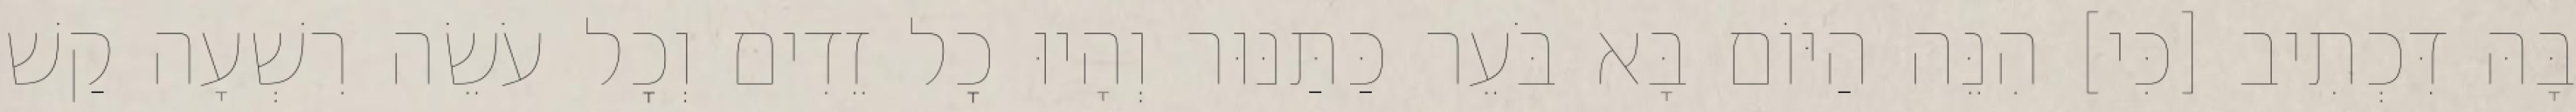
בָּהּ דִּכְתִיב [כִּי] הִנֵּה הַיּוֹם בָּא בֹּעֵר כַּתַּנּוּר וְהָיוּ כׇל זֵדִים וְכׇל עֹשֵׂה רִשְׁעָה קַשׁ